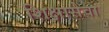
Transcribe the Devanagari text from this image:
शिक्षासेवा